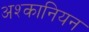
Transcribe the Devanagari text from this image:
अश्कानियन